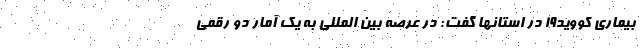
بیماری کووید۱۹ در استانها گفت: در عرصه بین المللی به یک آمار دو رقمی